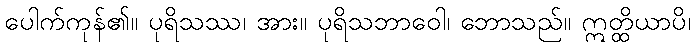
ပေါက်ကုန်၏။ ပုရိသဿ၊ အား။ ပုရိသဘာဝေါ၊ ဘောသည်။ ဣတ္ထိယာပိ၊